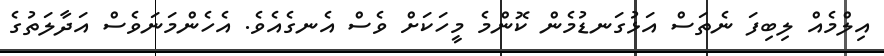
އިލްމެއް ލިބިފަ ނެތަސް އަޅުގަނޑުމެން ކޮންމެ މީހަކަށް ވެސް އެނގެއެވެ. އެހެންމަނަވެސް އަދާލަތުގެ